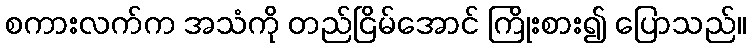
စကားလက်က အသံကို တည်ငြိမ်အောင် ကြိုးစား၍ ပြောသည်။